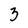
Character: 3